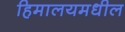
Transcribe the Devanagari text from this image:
हिमालयमधील